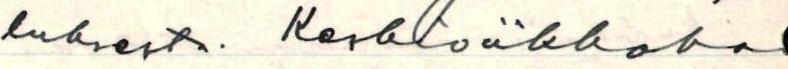
luksesta. Keskiviikkoko